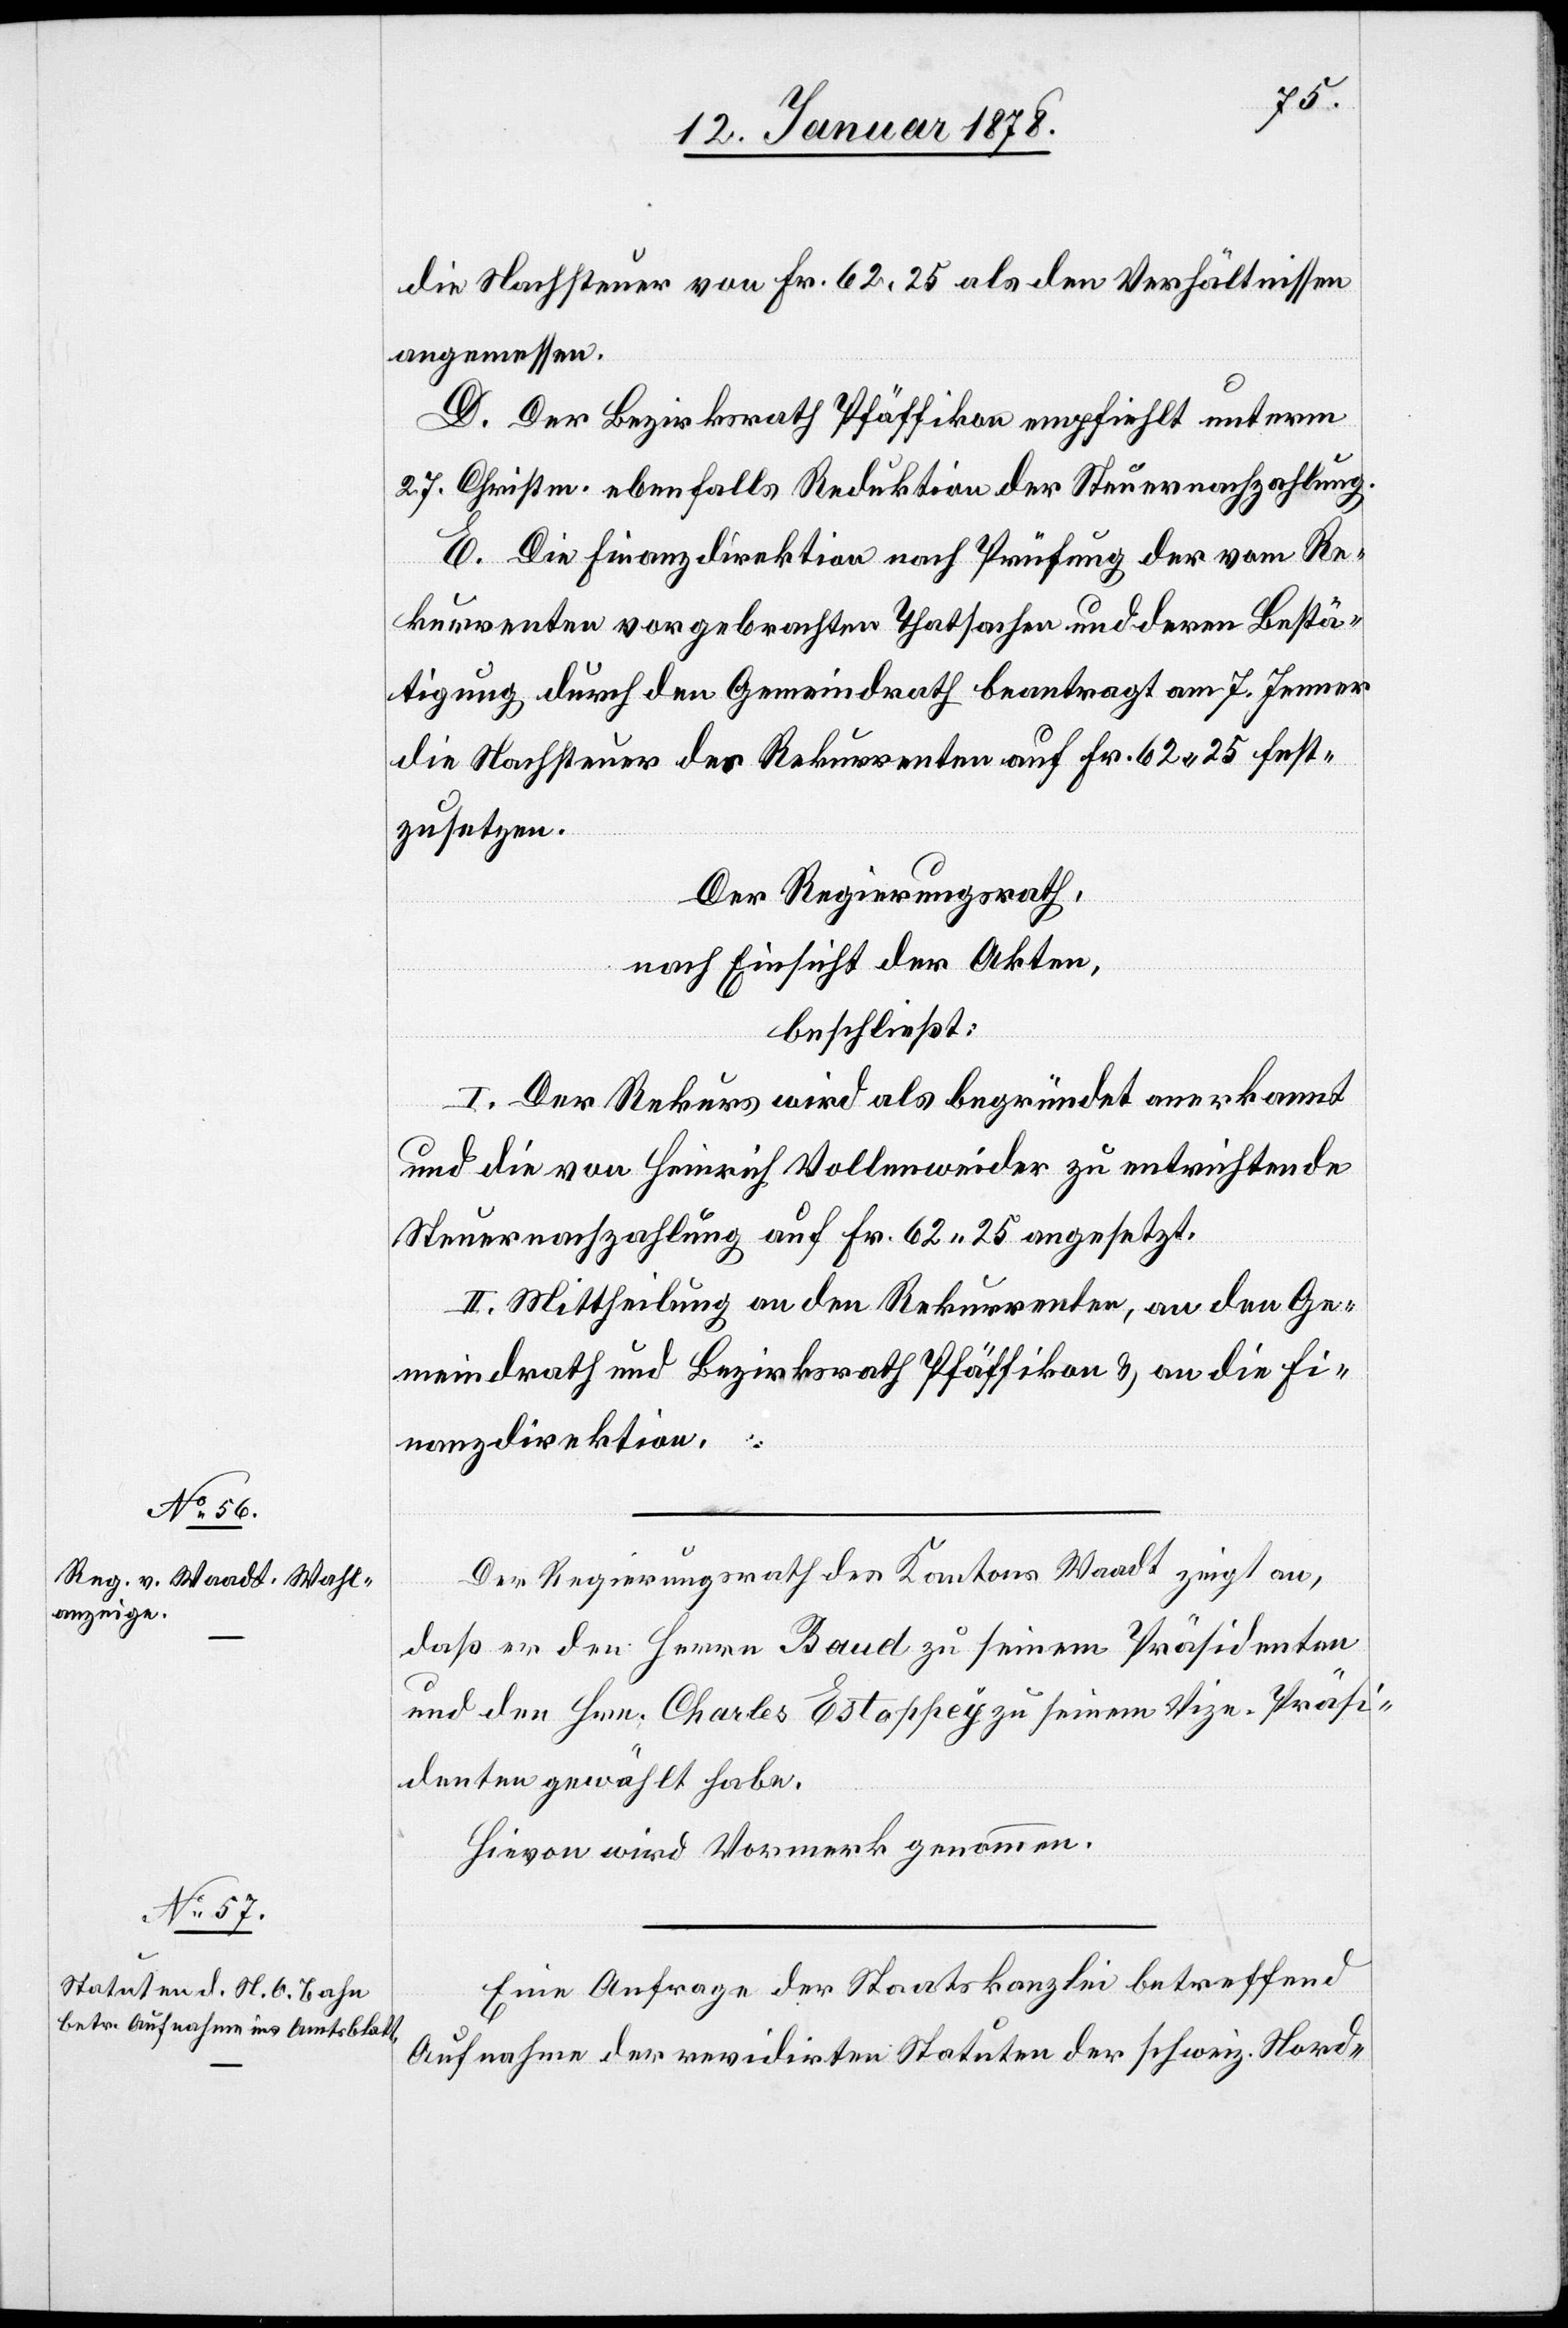
die Nachsteuer von Fr. 62.25 als den Verhältnissen
angemessen.
D. Der Bezirksrath Pfäffikon empfiehlt unterm
27. Christm. ebenfalls Reduktion der Steuernachzahlung.
E. Die Finanzdirektion nach Prüfung der vom Re¬
kurrenten vorgebrachten Thatsachen und deren Bestä¬
tigung durch den Gemeindrath beantragt am 7. Jenner
die Nachsteuer der Rekurrenten auf Fr. 62.25 fest¬
zusetzen.
Der Regierungsrath,
nach Einsicht der Akten,
beschließt:
I. Der Rekurs wird als begründet anerkannt
und die von Heinrich Vollenweider zu entrichtende
Steuernachzahlung auf Fr. 62.25 angesetzt.
II. Mittheilung an den Rekurrenten, an den Ge¬
meindrath und Bezirksrath Pfäffikon & an die Fi¬
nanzdirektion.
Der Regierungsrath des Kantons Waadt zeigt an,
daß er den Herrn Baud zu seinem Präsidenten
und den Hrn. Charles Estaschey zu seinem Vize-Präsi¬
denten gewählt habe
Hievon wird Vormerk genommen.
Eine Anfrage der Staatskanzlei betreffend
Aufnahme der revidirten Statuten der schweiz. Nord-